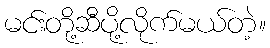
မင်းတို့ဆီပို့လိုက်မယ်တဲ့။